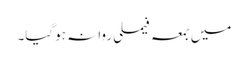
میں بمعہ فیملی روانہ ہوگیا۔